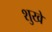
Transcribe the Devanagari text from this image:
शुखे